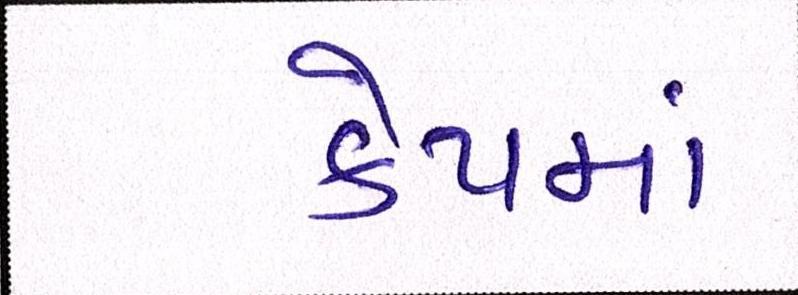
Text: કેપમાં